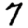
Digit: 7